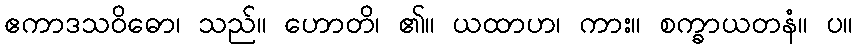
ဧကာဒသဝိဓော၊ သည်။ ဟောတိ၊ ၏။ ယထာဟ၊ ကား။ စက္ခာယတနံ။ ပ။